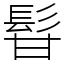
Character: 𩬚